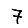
Digit: 7